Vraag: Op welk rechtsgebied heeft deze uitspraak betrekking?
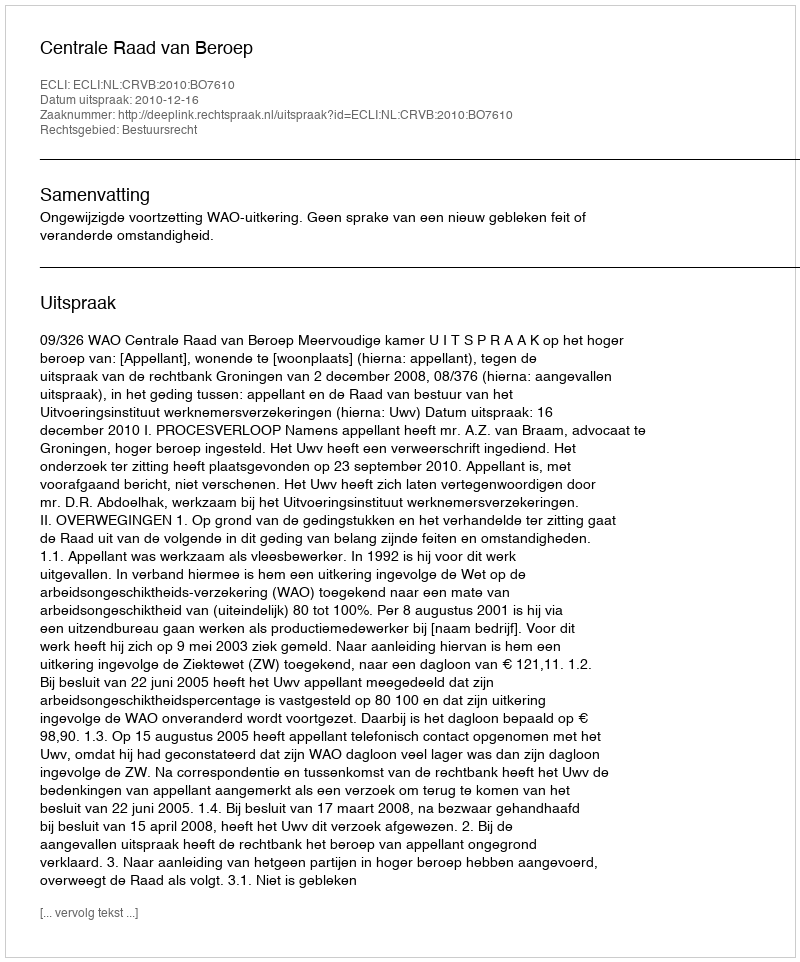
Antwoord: Bestuursrecht